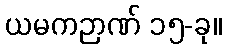
ယမကဉာဏ် ၁၅-ခု။